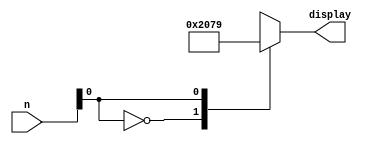


module seven_segment_decoder(n, display);

input [3:0] n;
output reg [6:0] display;
reg in;

always @* begin

	in = n;

	case (in)
	0000: display = 7'b1000000;
   0001: display = 7'b1111001;
   0010: display = 7'b0100100;
   0011: display = 7'b0110000;
   0100: display = 7'b0011001;
   0101: display = 7'b0010010;
   0110: display = 7'b0000010;
   0111: display = 7'b1111000;
   1000: display = 7'b0000000;
   1001: display = 7'b0011000;
   1010: display = 7'b0001000;
   1011: display = 7'b0000011;
   1100: display = 7'b0100111;
   1101: display = 7'b0100001;
   1110: display = 7'b0000110;
   1111: display = 7'b0001110;
	default: display = 7'b0000000;
	endcase
 end
 
endmodule